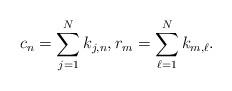
LaTeX: \begin{align*}c_{n}=\sum_{j=1}^Nk_{j,n},r_{m}=\sum_{\ell=1}^Nk_{m,\ell}.\end{align*}